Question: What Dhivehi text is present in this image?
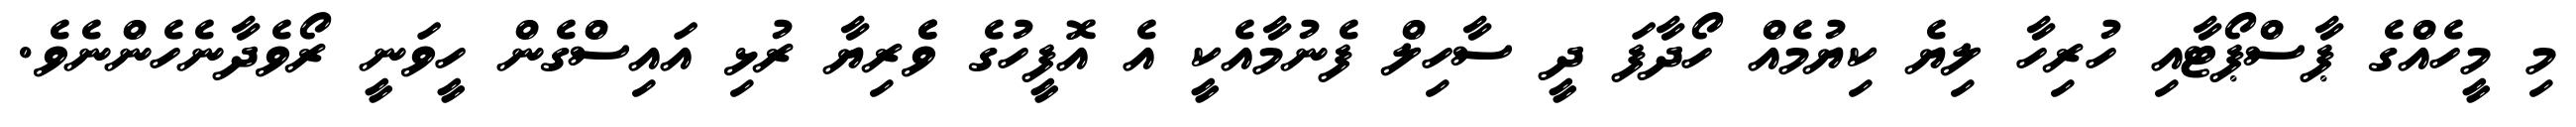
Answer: މި މީހެއްގެ ޕާސްޕޯޓާއި ހުރިހާ ލިޔެ ކިޔުމެއް ހޯދާފަ ދީ ސާހިލް ފެނުމާއެކީ އެ އޮފީހުގެ ވެެރިޔާ ރުޅި އައިސްގެން ހީވަނީ ރޯވެދާނެހެންނެވެ.